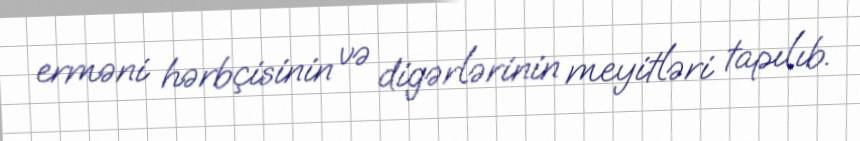
erməni hərbçisinin və digərlərinin meyitləri tapılıb.